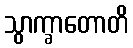
သွာက္ခာတောတိ